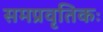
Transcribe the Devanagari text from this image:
समप्रवृतिकः